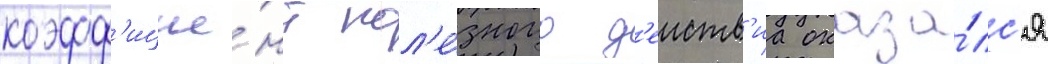
коэфф'ицие́нт пол'е́зного д'еиств'иа оказа́лс'я